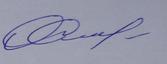
Signature authenticity: genuine